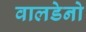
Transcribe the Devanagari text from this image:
वालडेनो